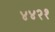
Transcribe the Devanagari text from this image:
४४२१